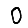
Digit: 0